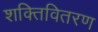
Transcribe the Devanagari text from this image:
शक्तिवितरण